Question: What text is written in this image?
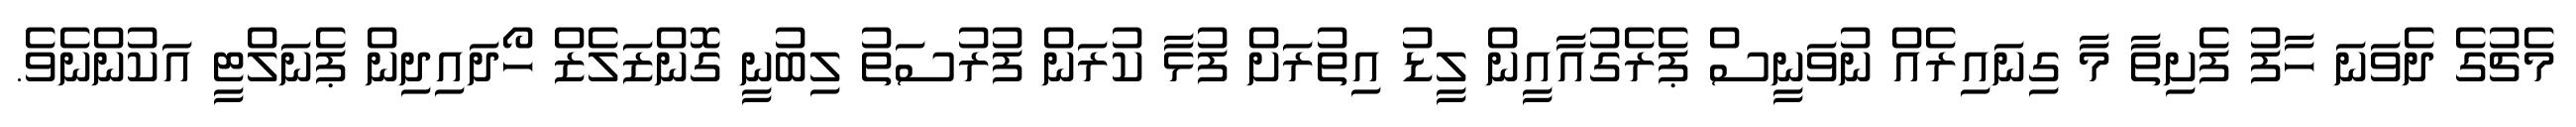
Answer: މެޗުގެ ދެވަނަ ހާފު ފެށިތާ މާ ގިނައިރެއް ނުވަނީސް ޕެރެގުއާއީން ލީޑު އިތުރަށް ފުޅާ ކުރަން ފުރުސަތު ލިބުނީ ގޮންޒަލެޒް ހޯދައިދިން ޕެނަލްޓީ އަކުންނެވެ.